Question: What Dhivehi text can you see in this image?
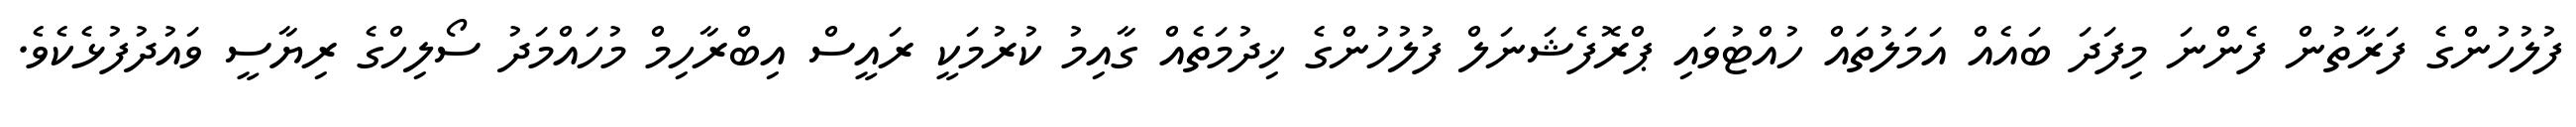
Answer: ފުލުހުންގެ ފަރާތުން ފެންނަ މިފަދަ ބައެއް އަމަލުތައް ހުއްޓުވައި ޕްރޮފެޝަނަލް ފުލުހުންގެ ޚިދުމަތެއް ގާއިމު ކުރުމަކީ ރައީސް އިބްރާހިމް މުހައްމަދު ސޯލިހްގެ ރިޔާސީ ވައުދުފުޅެކެވެ.